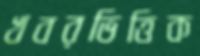
খবরভিত্তিক